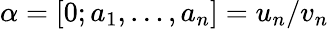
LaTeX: \alpha=[0;a_{1},\ldots,a_{n}]=u_{n}/v_{n}